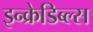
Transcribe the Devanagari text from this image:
इन्क्रेडिब्ल्स